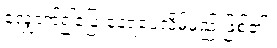
လျှောက်၍ပြေးနေရပေလိမ့်မည် ဖြစ်၏။